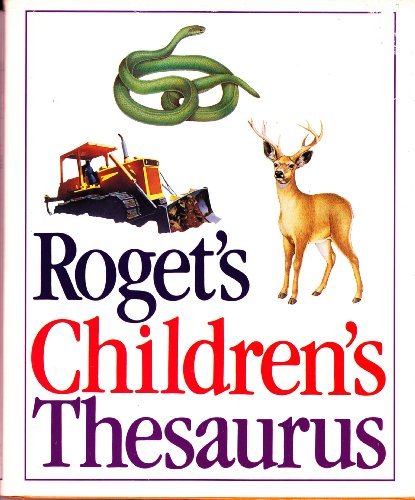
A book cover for Roget's children's thesaurus; Andrew Schiller; Reference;